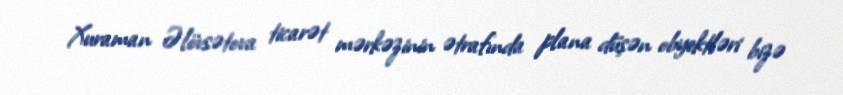
Xuraman Əlövsətova ticarət mərkəzinin ətrafında plana düşən obyektləri bizə